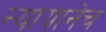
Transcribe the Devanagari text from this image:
न्यायानेच